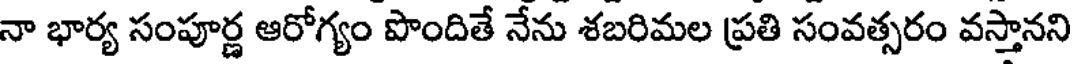
నా భార్య సంపూర్ణ ఆరోగ్యం పొందితే నేను శబరిమల ప్రతి సంవత్సరం వస్తానని